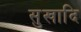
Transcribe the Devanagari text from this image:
सुखादि